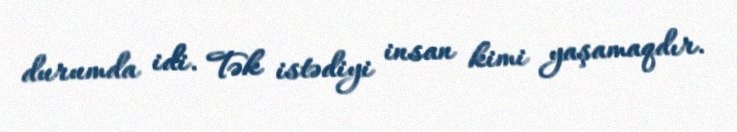
durumda idi. Tək istədiyi insan kimi yaşamaqdır.